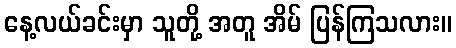
နေ့လယ်ခင်းမှာ သူတို့ အတူ အိမ် ပြန်ကြသလား။